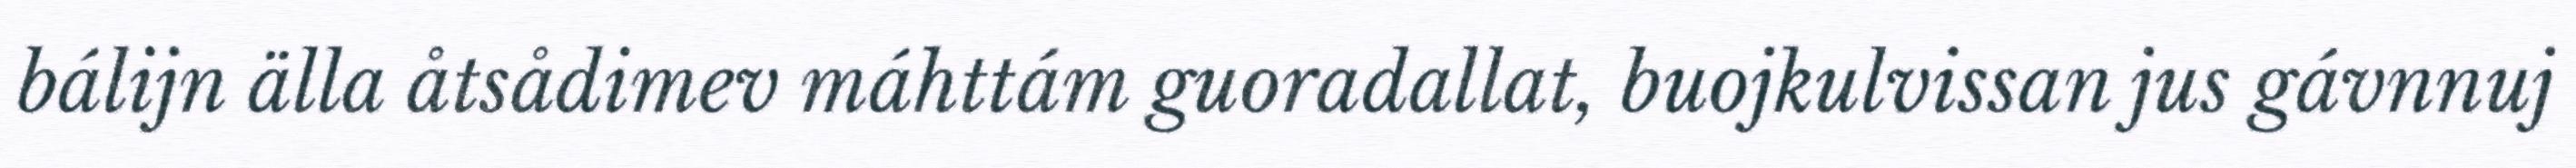
bálijn älla åtsådimev máhttám guoradallat, buojkulvissan jus gávnnuj